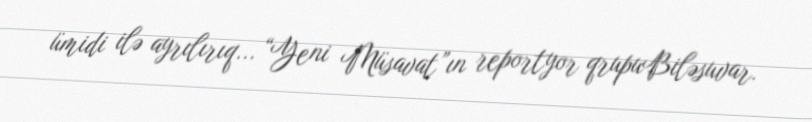
ümidi ilə ayrılırıq... “Yeni Müsavat”ın reportyor qrupuBiləsuvar.